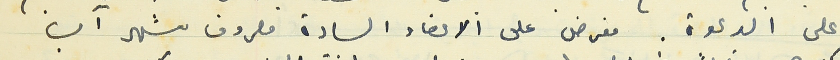
على الدعوة. فعرض على الاعضاء السادة مصروف شهر آب